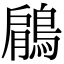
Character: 鵳